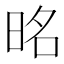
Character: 㫥